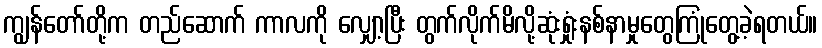
ကျွန်တော်တို့က တည်ဆောက် ကာလကို လျှော့ပြီး တွက်လိုက်မိလို့ဆုံးရှုံးနစ်နာမှုတွေကြုံတွေ့ခဲ့ရတယ်။